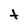
Character: t